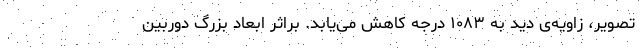
تصویر، زاویه‌ی دید به ۱۰۸۳ درجه کاهش می‌یابد. براثر ابعاد بزرگ دوربین